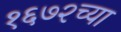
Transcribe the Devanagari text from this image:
१६७२च्या